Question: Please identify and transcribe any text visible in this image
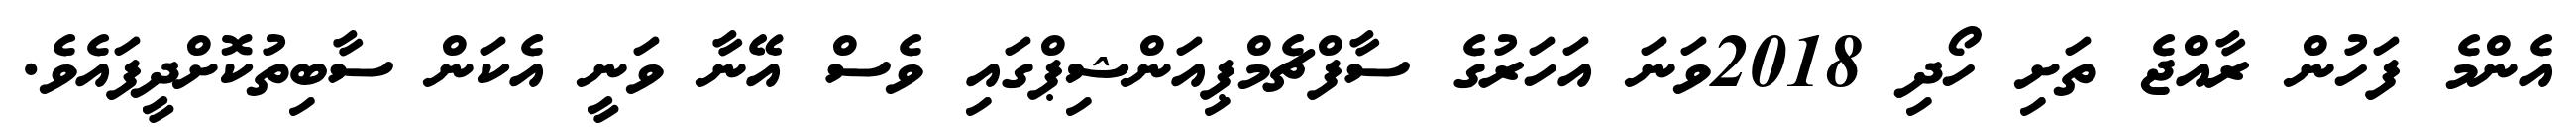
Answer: އެންމެ ފަހުން ރާއްޖެ ތަށި ހޯދި 2018ވަނަ އަހަރުގެ ސާފްޗެމްޕިއަންޝިޕްގައި ވެސް އޭނާ ވަނީ އެކަން ސާބިތުކޮށްދީފައެވެ.